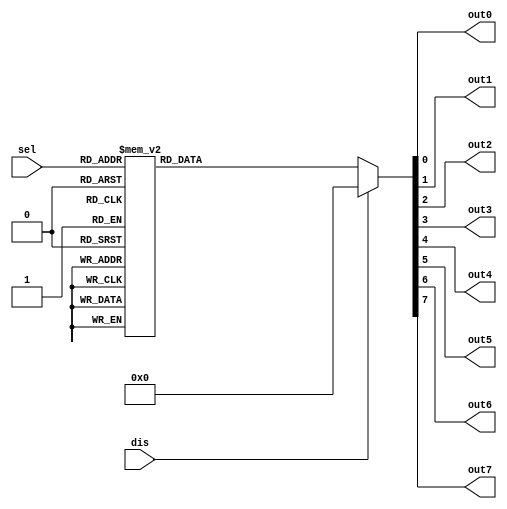
module C_Decoder_3 (dis, sel, out0, out1, out2, out3, out4, out5, out6, out7);

	input dis;
	input [2:0] sel;
	output reg out0;
	output reg out1;
	output reg out2;
	output reg out3;
	output reg out4;
	output reg out5;
	output reg out6;
	output reg out7;

	always @ (dis or sel)
	begin
		case ({dis, sel})
			4'b0000 : {out7, out6, out5, out4, out3, out2, out1, out0} = 8'b0000_0001;
			4'b0001 : {out7, out6, out5, out4, out3, out2, out1, out0} = 8'b0000_0010;
			4'b0010 : {out7, out6, out5, out4, out3, out2, out1, out0} = 8'b0000_0100;
			4'b0011 : {out7, out6, out5, out4, out3, out2, out1, out0} = 8'b0000_1000;
			4'b0100 : {out7, out6, out5, out4, out3, out2, out1, out0} = 8'b0001_0000;
			4'b0101 : {out7, out6, out5, out4, out3, out2, out1, out0} = 8'b0010_0000;
			4'b0110 : {out7, out6, out5, out4, out3, out2, out1, out0} = 8'b0100_0000;
			4'b0111 : {out7, out6, out5, out4, out3, out2, out1, out0} = 8'b1000_0000;
			default : {out7, out6, out5, out4, out3, out2, out1, out0} = 8'b0000_0000;
		endcase
	end
endmodule